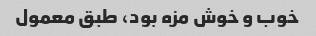
خوب و خوش مزه بود، طبق معمول